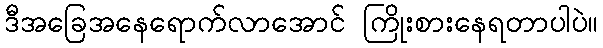
ဒီအခြေအနေရောက်လာအောင် ကြိုးစားနေရတာပါပဲ။